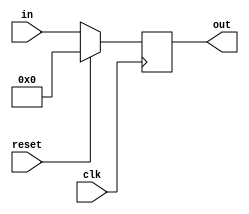
module reg_6b (
    input [5:0] in,
    input clk,
    input reset,
    output reg [5:0] out
);

always@(posedge clk) begin
    if(reset)
        out <= 0;
    else
        out <= in;
end


endmodule